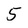
Character: 5